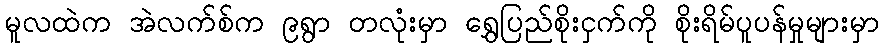
မူလထဲက အဲလက်စ်က ၉ရွာ တလုံးမှာ ရွှေပြည်စိုးငှက်ကို စိုးရိမ်ပူပန်မှုများမှာ